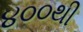
૪૦૦થી